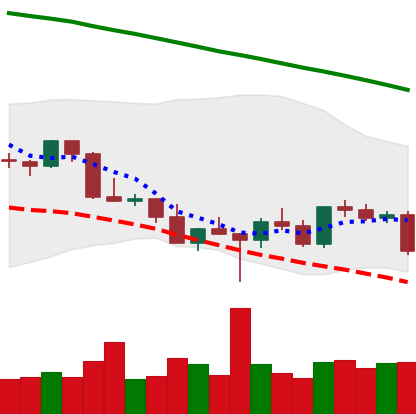
Ticker: LTC-USD
Chart end date: 2022-03-04
Forward return: 5.474%
Label: up_5_7